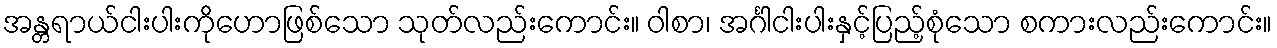
အန္တရာယ်ငါးပါးကိုဟောဖြစ်သော သုတ်လည်းကောင်း။ ဝါစာ၊ အင်္ဂါငါးပါးနှင့်ပြည့်စုံသော စကားလည်းကောင်း။